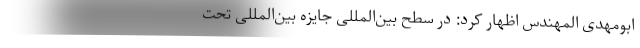
ابومهدی المهندس اظهار کرد: در سطح بین‌المللی جایزه بین‌المللی تحت